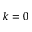
k = 0